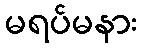
မရပ်မနား